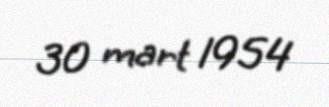
30 mart 1954